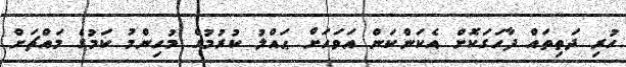
ހުރި ދަތިތައް ފާހަގަކޮށް އެކަންކަން އަވަހަށް ޙައްލު ކުރުމުގެ މުހިންމު ކަމުގެ މައްޗަށް